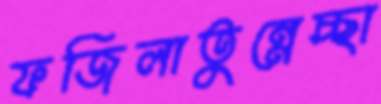
ফজিলাতুন্নেচ্ছা